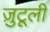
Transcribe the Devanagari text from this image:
ज़ुटूली